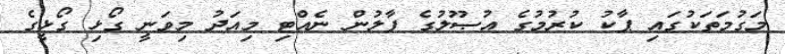
މަގުމަތަކުގައި ޕާކު ކުރުމުގެ އުޞޫލުގެ ފާލުން ނެއްޓި މިއަދު މިވަނީ ގޯޅި ގޯޅީގެ